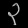
Digit: ၃